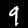
Label: 9